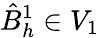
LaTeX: \hat{B}_{h}^{1}\in V_{1}